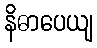
နိဓာပေယျ